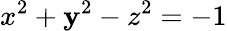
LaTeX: x^{2}+\mathbf{y}^{2}-z^{2}=-1